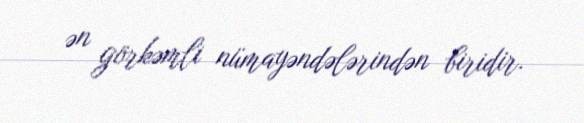
ən görkəmli nümayəndələrindən biridir.